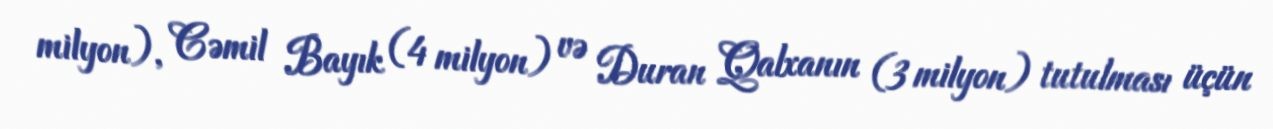
milyon), Cəmil Bayık (4 milyon) və Duran Qalxanın (3 milyon) tutulması üçün